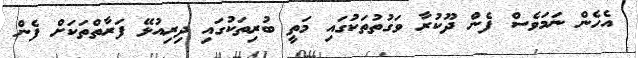
އެހެން ނަމަވެސް ފެން ދޫކުރާ ވަގުތުތަކުގައި މަތީ ބުރިތަކުގައި ދިރިއުޅޭ ފަރާތްތަކަށް ފެން